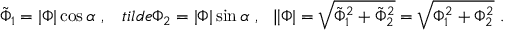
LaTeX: \tilde { \Phi } _ { 1 } = | \Phi | \cos \alpha \ , \ \ \, t i l d e { \Phi } _ { 2 } = | \Phi | \sin \alpha \ , \ \ \| \Phi | = \sqrt { \tilde { \Phi } _ { 1 } ^ { 2 } + \tilde { \Phi } _ { 2 } ^ { 2 } } = \sqrt { \Phi _ { 1 } ^ { 2 } + \Phi _ { 2 } ^ { 2 } } \ .